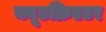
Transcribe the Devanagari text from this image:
क्यूटक्रिएटर